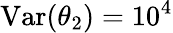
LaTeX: \mathrm{Var}(\theta_{2})=10^{4}